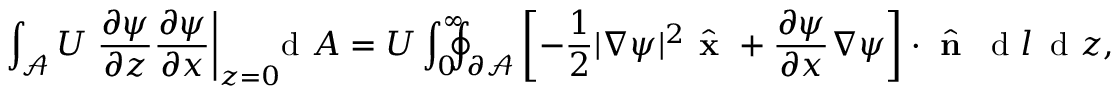
\int _ { \mathcal { A } } U \left. \frac { \partial \psi } { \partial z } \frac { \partial \psi } { \partial x } \right| _ { z = 0 } \! \! \! \! \, \textrm { d } A = U \int _ { 0 } ^ { \infty } \! \! \! \! \oint _ { \partial \mathcal { A } } \left[ - \frac { 1 } { 2 } | \nabla \psi | ^ { 2 } \hat { \textbf { x } } + \frac { \partial \psi } { \partial x } \nabla \psi \right] \cdot \hat { \textbf { n } } \, \textrm { d } l \, \textrm { d } z ,